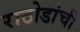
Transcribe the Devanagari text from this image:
राठोडांची